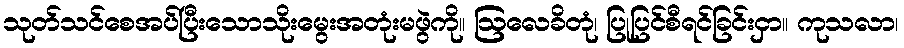
သုတ်သင်စေအပ်ပြီးသောသိုးမွေးအတုံးမဖွဲကို။ ဩလေခိတုံ၊ ပြုပြင်စီရင်ခြင်းငှာ။ ကုသလာ၊